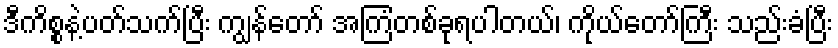
ဒီကိစ္စနဲ့ပတ်သက်ပြီး ကျွန်တော် အကြံတစ်ခုရပါတယ်၊ ကိုယ်တော်ကြီး သည်းခံပြီး